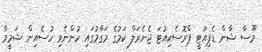
މޫސާ ޝާން ޑެޕިއުޓީ ޕްރޮސެކިއުޓަ ޖެނެރަލް ކަމުގެ މަގާމުގައި ހުންނެވި ހުސެއިން ޝަމީމް